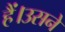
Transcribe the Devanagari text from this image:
हैं।उसने